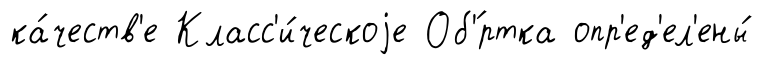
ка́честв'е Класс'и́ческоjе Об'́ртка опр'ед'ел'ены́